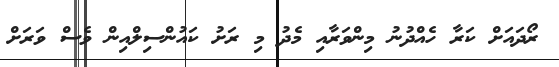
ރޯދައަށް ކަރާ ހެއްދުނު މިންވަރާއި މެދު މި ރަށު ކައުންސިލްއިން ވެސް ވަރަށް